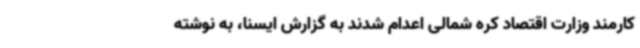
کارمند وزارت اقتصاد کره شمالی اعدام شدند به گزارش ایسنا، به نوشته